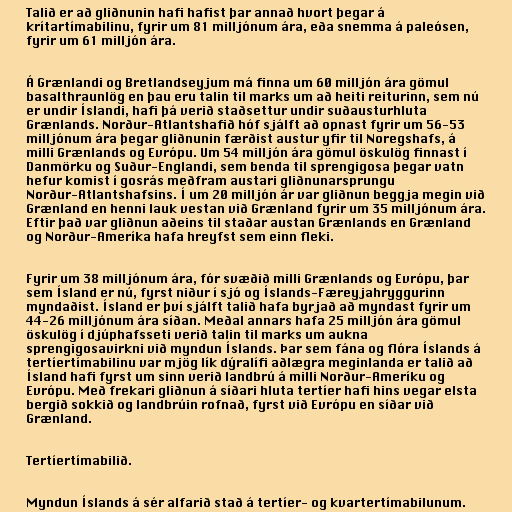
Talið er að gliðnunin hafi hafist þar annað hvort þegar á
krítartímabilinu, fyrir um 81 milljónum ára, eða snemma á paleósen,
fyrir um 61 milljón ára.

Á Grænlandi og Bretlandseyjum má finna um 60 milljón ára gömul
basalthraunlög en þau eru talin til marks um að heiti reiturinn, sem nú
er undir Íslandi, hafi þá verið staðsettur undir suðausturhluta
Grænlands. Norður-Atlantshafið hóf sjálft að opnast fyrir um 56-53
milljónum ára þegar gliðnunin færðist austur yfir til Noregshafs, á
milli Grænlands og Evrópu. Um 54 milljón ára gömul öskulög finnast í
Danmörku og Suður-Englandi, sem benda til sprengigosa þegar vatn
hefur komist í gosrás meðfram austari gliðnunarsprungu
Norður-Atlantshafsins. Í um 20 milljón ár var gliðnun beggja megin við
Grænland en henni lauk vestan við Grænland fyrir um 35 milljónum ára.
Eftir það var gliðnun aðeins til staðar austan Grænlands en Grænland
og Norður-Ameríka hafa hreyfst sem einn fleki.

Fyrir um 38 milljónum ára, fór svæðið milli Grænlands og Evrópu, þar
sem Ísland er nú, fyrst niður í sjó og Íslands-Færeyjahryggurinn
myndaðist. Ísland er því sjálft talið hafa byrjað að myndast fyrir um
44-26 milljónum ára síðan. Meðal annars hafa 25 milljón ára gömul
öskulög í djúphafsseti verið talin til marks um aukna
sprengigosavirkni við myndun Íslands. Þar sem fána og flóra Íslands á
tertíertímabilinu var mjög lík dýralífi aðlægra meginlanda er talið að
Ísland hafi fyrst um sinn verið landbrú á milli Norður-Ameríku og
Evrópu. Með frekari gliðnun á síðari hluta tertíer hafi hins vegar elsta
bergið sokkið og landbrúin rofnað, fyrst við Evrópu en síðar við
Grænland.

Tertíertímabilið.

Myndun Íslands á sér alfarið stað á tertíer- og kvartertímabilunum.